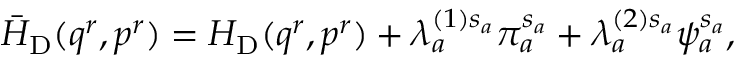
\bar { H } _ { \mathrm { D } } ( q ^ { r } , p ^ { r } ) = H _ { \mathrm { D } } ( q ^ { r } , p ^ { r } ) + \lambda _ { a } ^ { ( 1 ) s _ { a } } \pi _ { a } ^ { s _ { a } } + \lambda _ { a } ^ { ( 2 ) s _ { a } } \psi _ { a } ^ { s _ { a } } ,